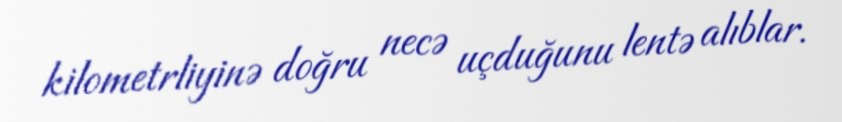
kilometrliyinə doğru necə uçduğunu lentə alıblar.